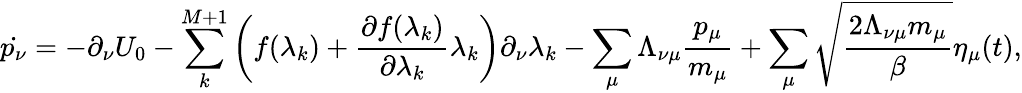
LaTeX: \dot{p_{\nu}}=-\partial_{\nu}U_{0}-\sum_{k}^{M+1}\left(f(\lambda_{k})+\frac{\partial f(\lambda_{k})}{\partial\lambda_{k}}\lambda_{k}\right)\partial_{\nu}\lambda_{k}-\sum_{\mu}\Lambda_{\nu\mu}\frac{p_{\mu}}{m_{\mu}}+\sum_{\mu}\sqrt{\frac{2\Lambda_{\nu\mu}m_{\mu}}{\beta}}\eta_{\mu}(t),